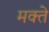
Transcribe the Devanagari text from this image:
मक्ते